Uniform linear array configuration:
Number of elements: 48
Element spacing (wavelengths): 0.5
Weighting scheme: blackman
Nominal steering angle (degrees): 45
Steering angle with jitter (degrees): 43.475
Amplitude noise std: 0.05
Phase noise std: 0.05

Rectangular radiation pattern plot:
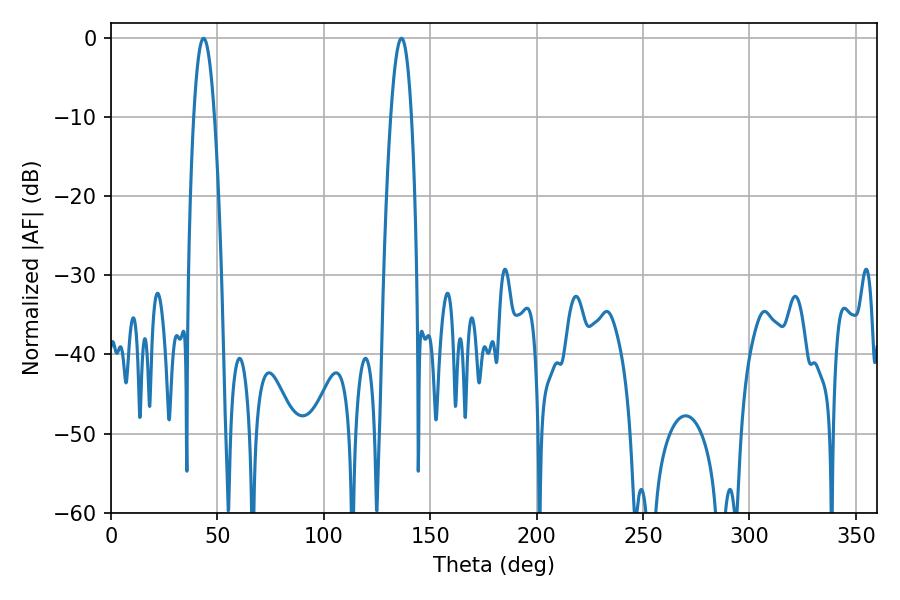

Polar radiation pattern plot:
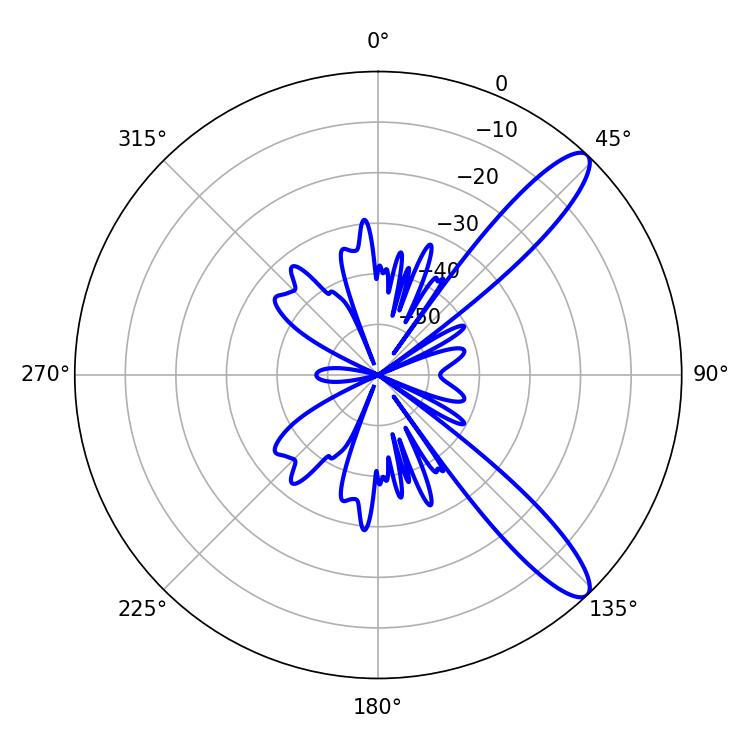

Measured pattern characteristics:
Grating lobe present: FALSE
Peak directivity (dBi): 11.575
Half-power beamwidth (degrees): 5.4
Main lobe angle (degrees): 43.56